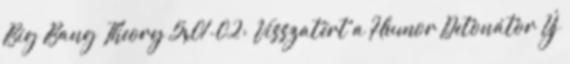
Big Bang Theory 5x01-02: Visszatért a Humor Detonátor Új